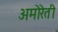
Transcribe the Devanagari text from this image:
अमोरेती